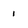
Character: 1